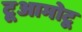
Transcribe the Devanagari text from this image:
टूआमोटू